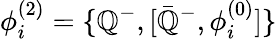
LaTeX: \phi_{i}^{(2)}=\{ \mathbb{Q}^{-},[{\bar{{\mathbb{Q}}}}^{-},\phi_{i}^{(0)}]\}